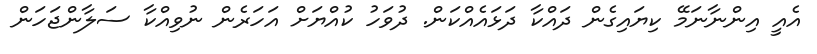
އެއީ އިންނާނަމޭ ކިޔައިގެން ދައްކާ ދަޅައެއްކަން. ދުވަހު ކުއްޔަށް އަހަރެން ނުވިއްކާ ސަލާންޖަހަން